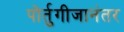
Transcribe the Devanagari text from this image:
पोर्तुगीजानंतर